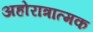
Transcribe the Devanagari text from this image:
अहोरात्रात्मक